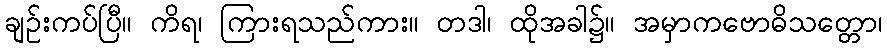
ချဉ်းကပ်ပြီ။ ကိရ၊ ကြားရသည်ကား။ တဒါ၊ ထိုအခါ၌။ အမှာကဗောဓိသတ္တော၊